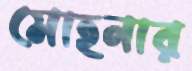
মোহনার